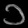
Digit: ၁